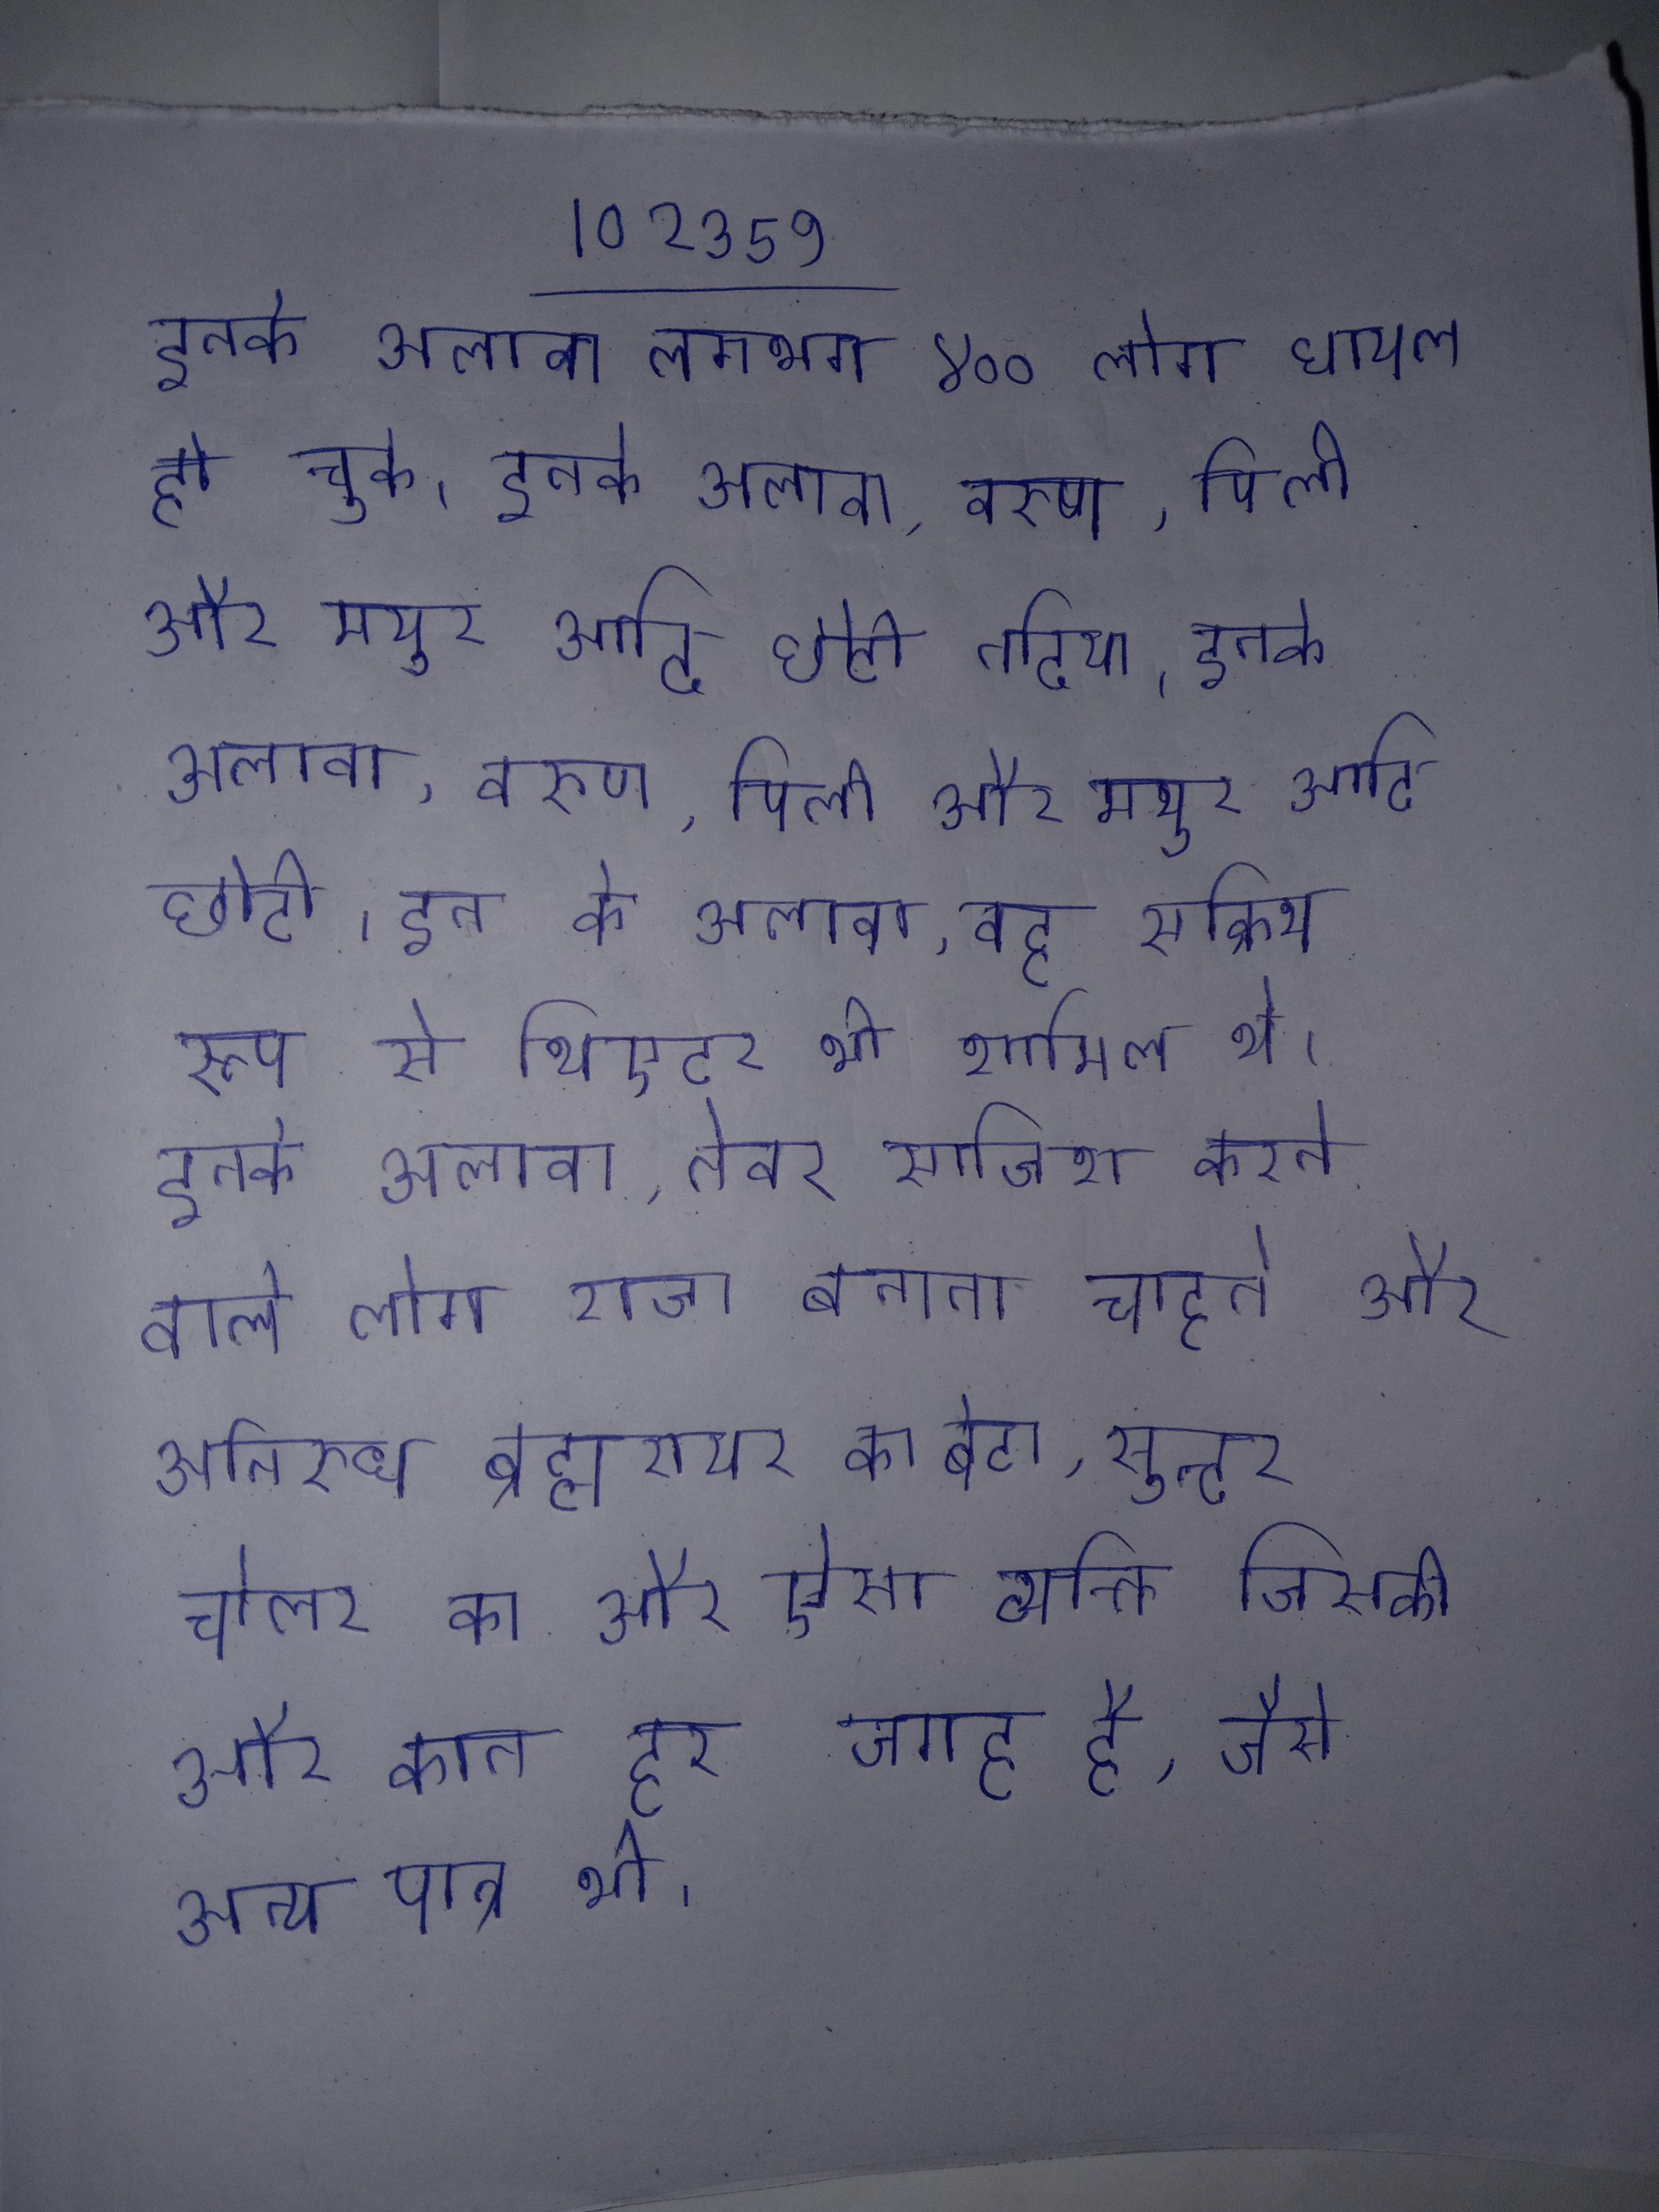
इनके अलावा लगभग ४०० लोग घायल हो चुके । इनके अलावा, वरुण, पिली और मयुर आदि छोटी नदिया । इनके अलावा, वरुण, पिली और मयुर आदि छोटी । इन के अलावा, वह सक्रिय रूप से थिएटर भी शामिल थे । इनके अलावा, तेवर साजिश करने वाले लोग राजा बनाना चाहते और अनिरुध ब्रह्मरायर का बेटा, सुन्दर चोलर का और ऐसा व्यक्ति जिसकी और कान हर जगह है, जैसे अन्य पात्र भी ।